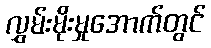
လွှမ်းမိုးမှုအောက်တွင်